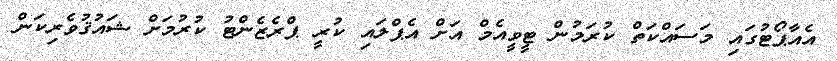
އެއާޕޯޓުގައި މަސައްކަތް ކުރަމުން ޓީވީއެމް އަށް އެޕްލައި ކުރީ ޕްރެޒެންޓު ކުރުމަށް ޝައުޤުވެރިކަން